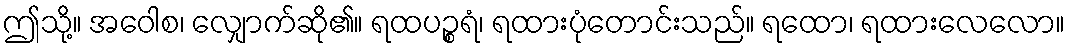
ဤသို့။ အဝေါစ၊ လျှောက်ဆို၏။ ရထပဉ္စရံ၊ ရထားပုံတောင်းသည်။ ရထော၊ ရထားလေလော။